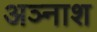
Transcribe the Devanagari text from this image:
अञ्नाश